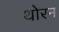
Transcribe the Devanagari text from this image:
थोरन